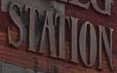
STATION